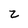
Character: z